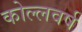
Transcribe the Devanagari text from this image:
कोल्लवर्ष